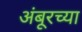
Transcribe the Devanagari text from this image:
अंबूरच्या